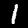
Digit: 1